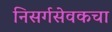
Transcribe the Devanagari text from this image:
निसर्गसेवकचा